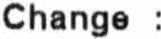
CHANGE :